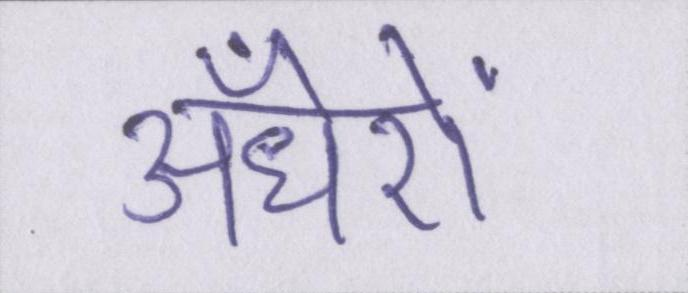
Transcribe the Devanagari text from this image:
अँधेरों